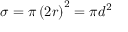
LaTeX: \quad \sigma = \pi \left( 2 r \right) ^ { 2 } = \pi d ^ { 2 }